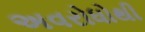
અવરોધોથી